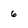
Character: 6